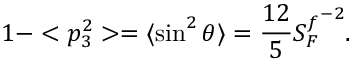
1 - < p _ { 3 } ^ { 2 } > = \langle \sin ^ { 2 } \theta \rangle = \frac { 1 2 } { 5 } { S _ { F } ^ { f } } ^ { - 2 } .